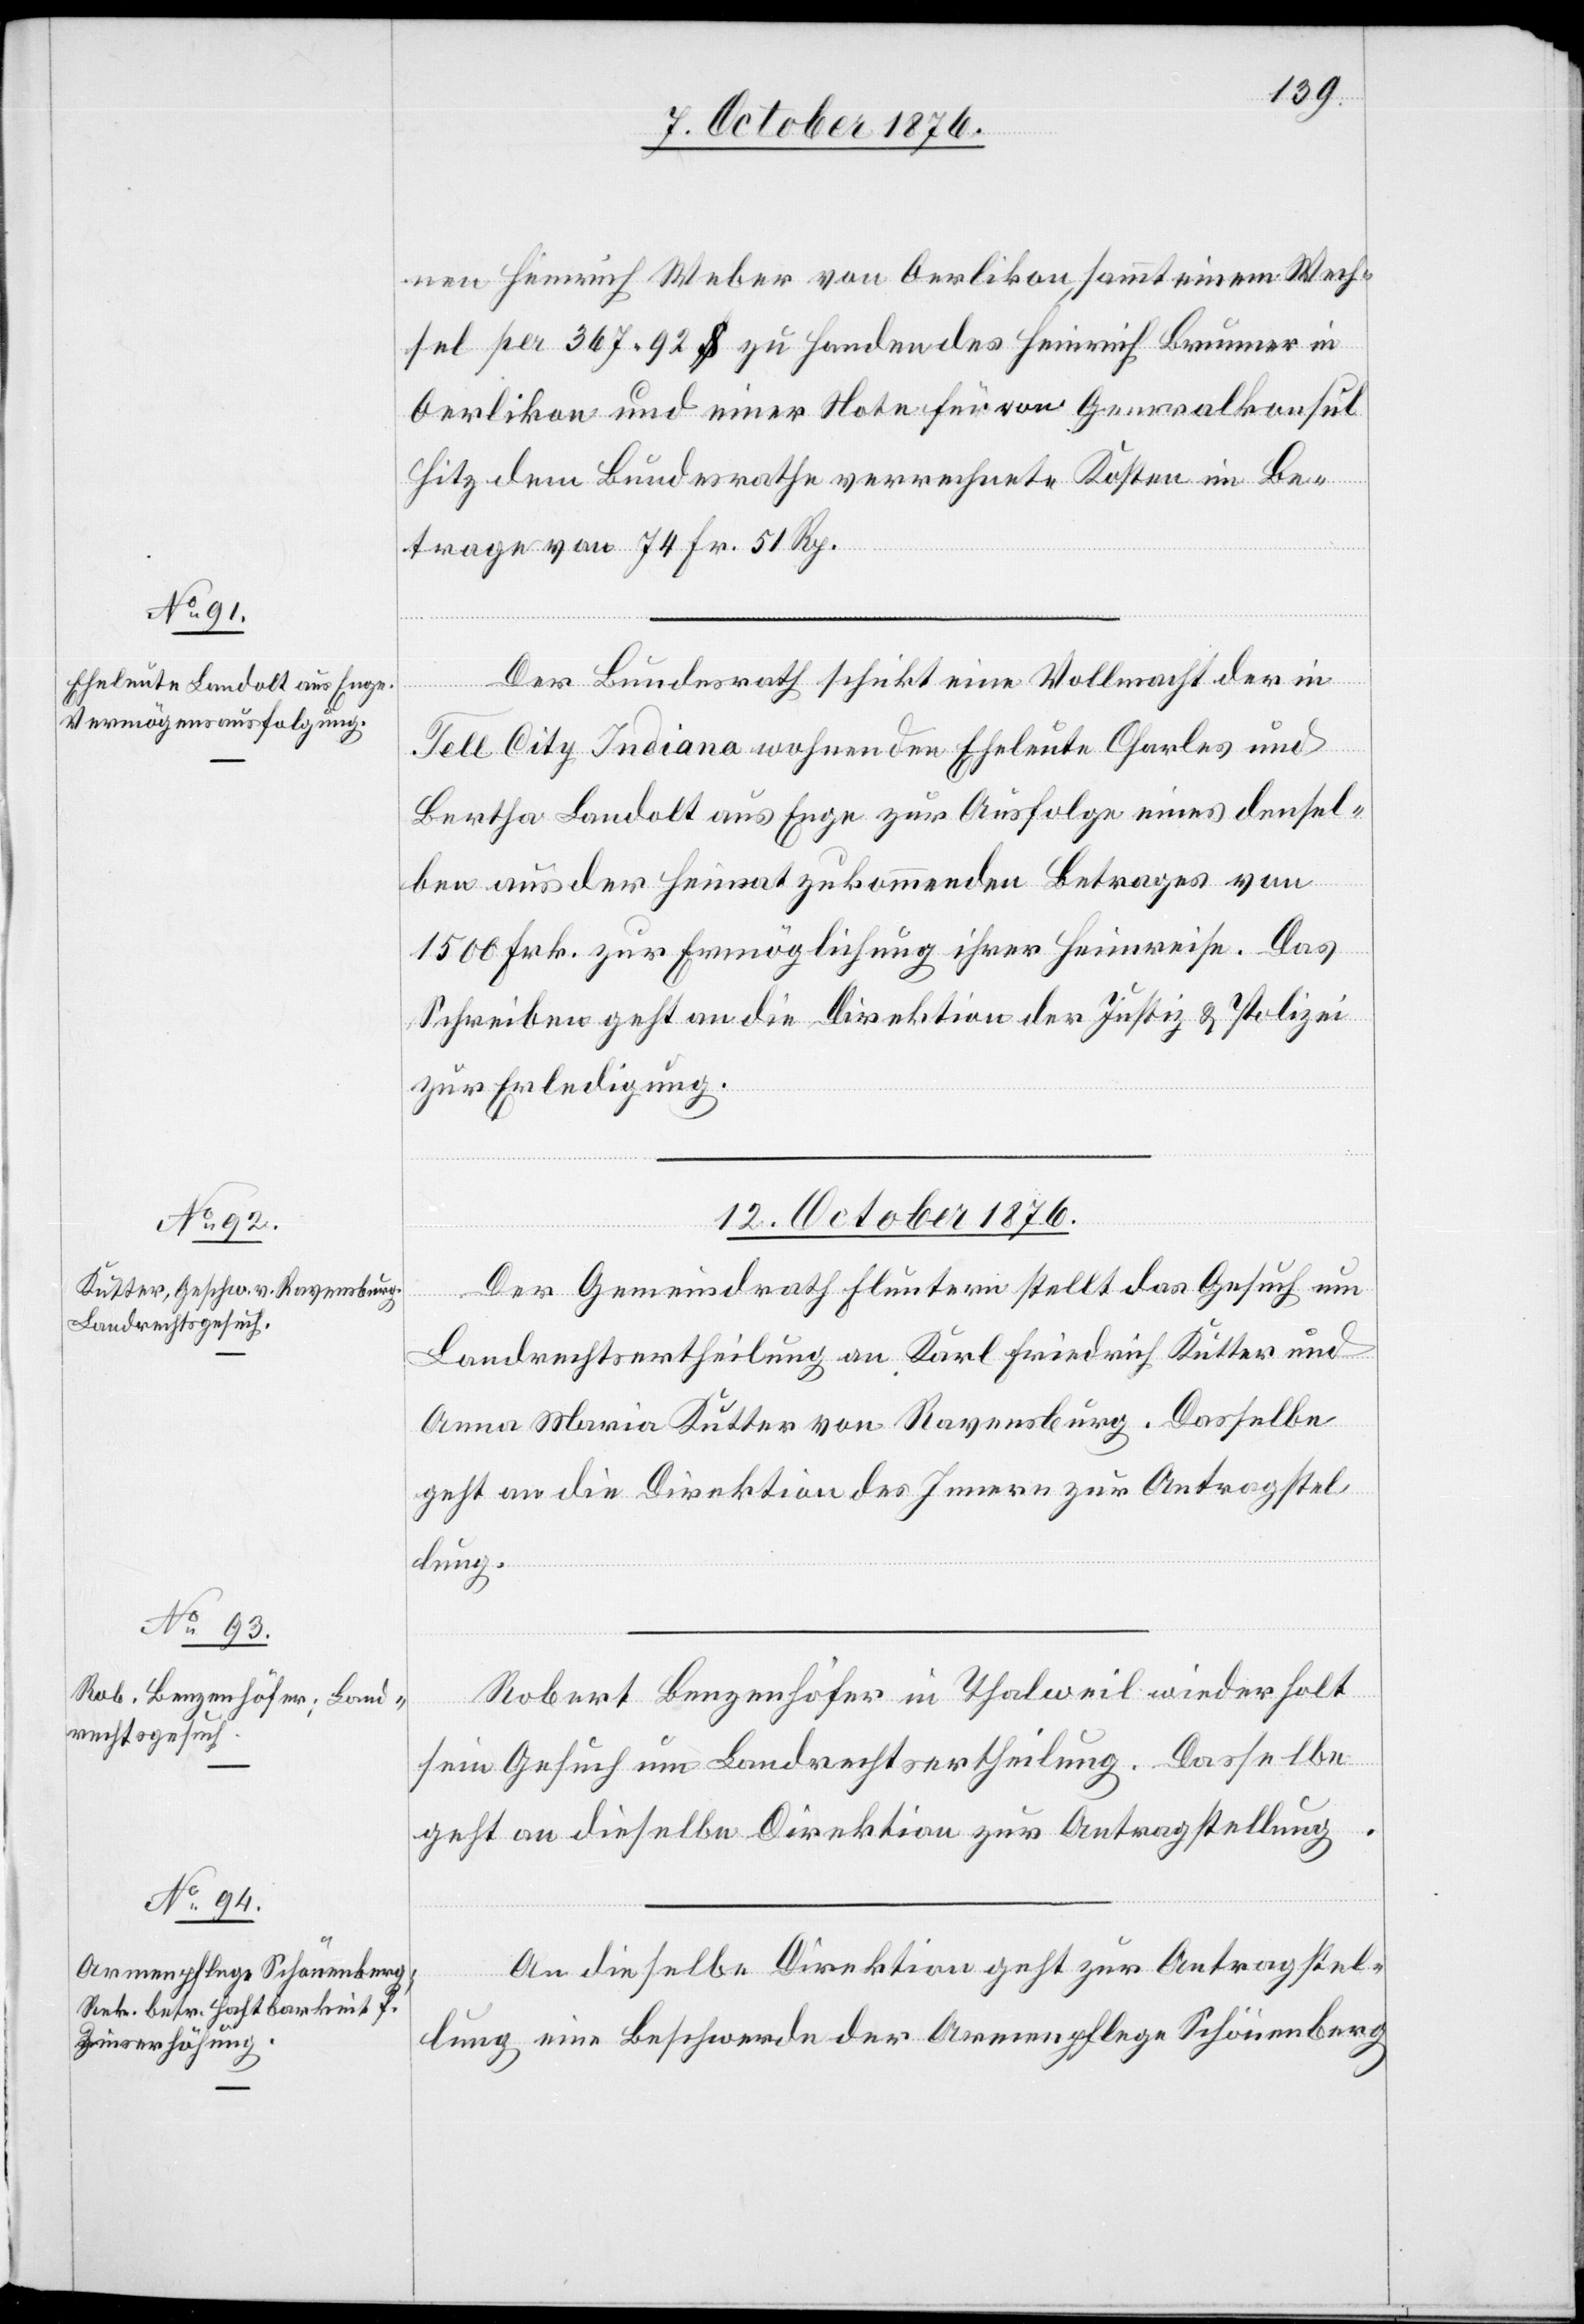
nen Heinrich Weber von Oerlikon, sammt einem Wech¬
sel per 367.92 $ zu Handen des Heinrich Brunner in
Oerlikon und einer Note für von Generalkonsul
Hitz dem Bundesrathe verrechnete Kosten im Be¬
trage von 74 Fr. 51 Rp.
Der Bundesrath schickt eine Vollmacht der in
Tell City Indiana wohnenden Eheleute Charles und
Bertha Landolt aus Enge zur Ausfolge eines densel¬
ben aus der Heimat zukommenden Betrages von
1500 Frk. zur Ermöglichung ihrer Heimreise. Das
Schreiben geht an die Direktion der Justiz & Polizei
zur Erledigung.
12. October 1876.]
Der Gemeindrath Fluntern stellt das Gesuch um
Landrechtsertheilung an Karl Friedrich Kutter und
Anna Maria Kutter von Ravensburg. Dasselbe
geht an die Direktion des Innern zur Antragstel¬
lung.
Robert Benzenhöfer in Thalweil wiederholt
sein Gesuch um Landrechtsertheilung. Dasselbe
geht an dieselbe Direktion zur Antragstellung.
An dieselbe Direktion geht zur Antragstel¬
lung eine Beschwerde der Armenpflege Schönenberg